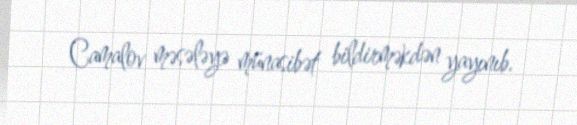
Camalov məsələyə münasibət bildirməkdən yayınıb.